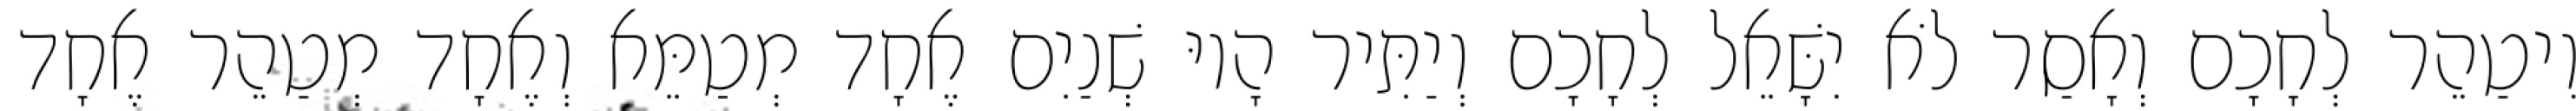
וִיטַהֵר לְחָכָם וְאָסַר לֹא יִשָּׁאֵל לְחָכָם וְיַתִּיר הָיוּ שְׁנַיִם אֶחָד מְטַמֵּא וְאֶחָד מְטַהֵר אֶחָד